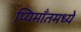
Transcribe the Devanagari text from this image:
प्यिमाँतमध्ये